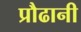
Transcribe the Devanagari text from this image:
प्रौढानी